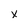
Character: x